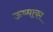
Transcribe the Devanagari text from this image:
ऊष्माका